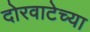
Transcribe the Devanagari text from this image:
दोरवाटेच्या